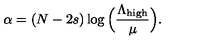
\alpha = ( N - 2 s ) \log \Big ( \frac { \Lambda _ { \mathrm { h i g h } } } { \mu } \Big ) .